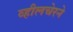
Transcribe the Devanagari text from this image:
व्हीलचेरने